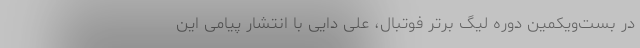
در بست‌ویکمین دوره لیگ برتر فوتبال، علی دایی با انتشار پیامی این